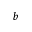
b